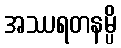
အဿရတနမ္ပိ